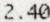
2.40